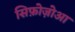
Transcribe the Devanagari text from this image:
सिफ़ोज़ोआ